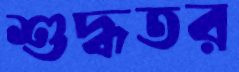
শুদ্ধতর